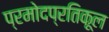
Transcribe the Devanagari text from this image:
प्रमोदप्रतिकूल